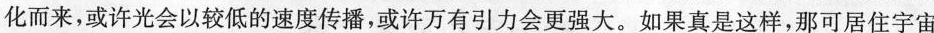
化而来，或许光会以较低的速度传播，或许万有引力会更强大。如果真是这样。那可居住宇宙